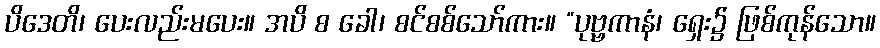
ပိဒေတိ၊ ပေးလည်းမပေး။ အပိ စ ခေါ၊ စင်စစ်သော်ကား။ “ပုဗ္ဗကာနံ၊ ရှေး၌ ဖြစ်ကုန်သော။